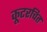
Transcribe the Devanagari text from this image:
कूटरचित